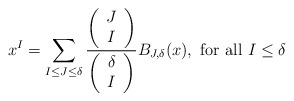
\begin{align*}{x}^I=\sum_{I\le J\le \delta} \frac{\left(\begin{array}{c} J \\ I\end{array}\right)}{\left(\begin{array}{c} \delta \\ I\end{array}\right)}B_{J,\delta}(x),\mbox{ for all } I\le \delta\end{align*}